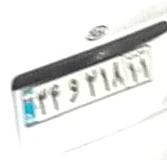
۳۴و۲۱۸۱۱